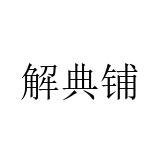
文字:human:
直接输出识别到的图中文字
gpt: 解典铺